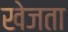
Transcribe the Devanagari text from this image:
खेजता